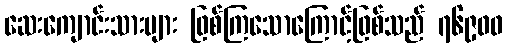
ဆေးကျောင်းသားများ ဖြစ်ကြသောကြောင့်ဖြစ်သည် ၇၆၉၀၀